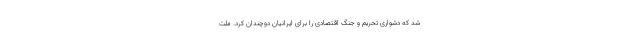
شد که دشواری تحریم و جنگ اقتصادی را برای ایرانیان دوچندان کرد. ملّت